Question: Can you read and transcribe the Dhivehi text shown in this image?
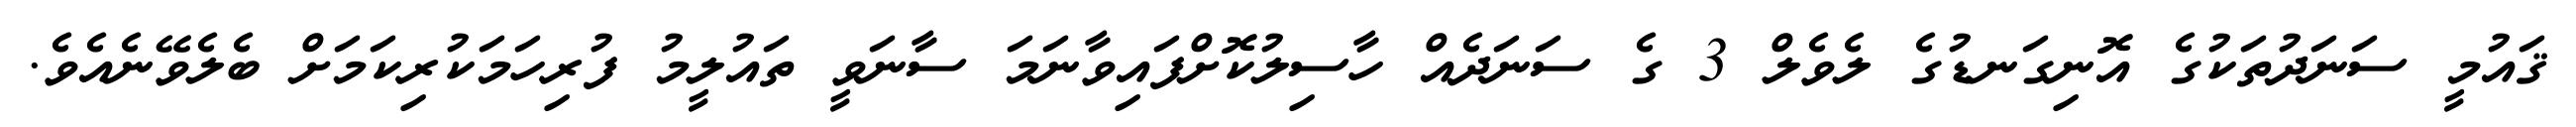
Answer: ޤައުމީ ސަނަދުތަކުގެ އޮނިގަނޑުގެ ލެވެލް 3 ގެ ސަނަދެއް ހާސިލުކޮށްފައިވާނަމަ ސާނަވީ ތައުލީމު ފުރިހަމަކުރިކަމަށް ބެލެވޭނެއެވެ.